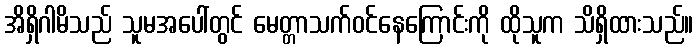
အိရှိဂါမိသည် သူမအပေါ်တွင် မေတ္တာသက်ဝင်နေကြောင်းကို ထိုသူက သိရှိထားသည်။